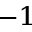
^ { - 1 }